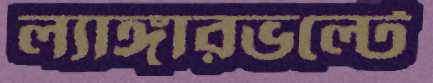
ল্যাঙ্গারভল্টে